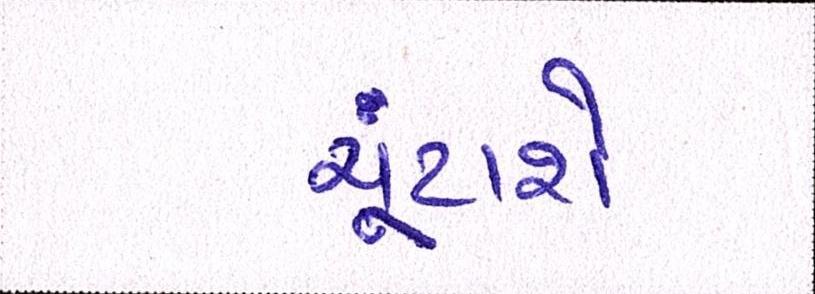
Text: ચૂંટાશે